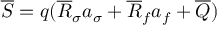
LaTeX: \overline { { S } } = q ( \overline { { R } } _ { \sigma } a _ { \sigma } + \overline { { R } } _ { f } a _ { f } + \overline { { Q } } )